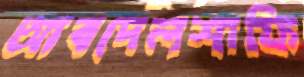
আবদেলশাফি